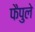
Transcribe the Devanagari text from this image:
फैपुले